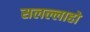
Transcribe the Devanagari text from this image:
सलल्लाहो